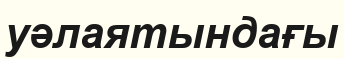
уәлаятындағы